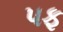
પફ